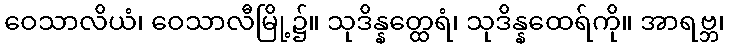
ဝေသာလိယံ၊ ဝေသာလီမြို့၌။ သုဒိန္နတ္ထေရံ၊ သုဒိန္နထေရ်ကို။ အာရဗ္ဘ၊